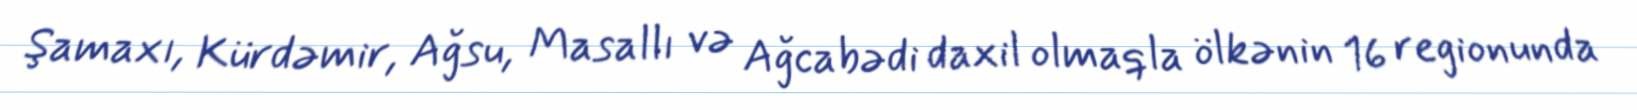
Şamaxı, Kürdəmir, Ağsu, Masallı və Ağcabədi daxil olmaqla ölkənin 16 regionunda